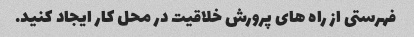
فهرستی از راه های پرورش خلاقیت در محل کار ایجاد کنید.